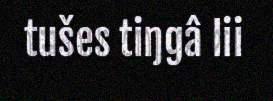
tušes tiŋgâ lii